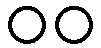
၀၀